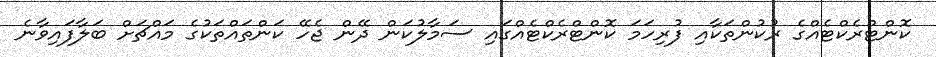
ކޮންޓްރެކްޓެއްގެ ރުކުންތަކާއި ފުރިހަމަ ކޮންޓްރެކްޓެއްގައި ސަމާލުކަން ދޭން ޖެހޭ ކަންތައްތަކުގެ މައްޗަށް ބަލާފައިވާނެ